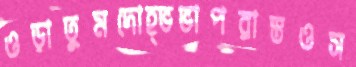
ওড়াতুমদোহ্‌ভভাপরাস্তওস